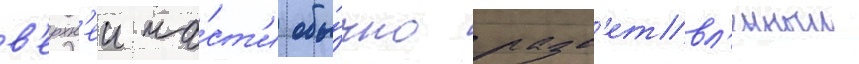
в'ерхн'еи ча́ст'и обы́чно разв'етвл'енныи